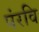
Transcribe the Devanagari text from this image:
पंरवि